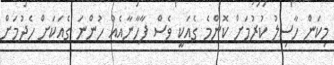
މިކަން ހާސިލު ކުރުމަށް ކޮންމެ ގެއަކީ ވެސް ފާހާނާއެއް ހުންނަ ގެއަކަށް ހެދުމަށް